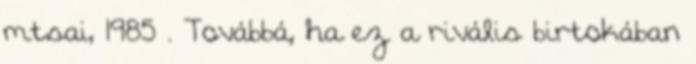
mtsai, 1985 . Továbbá, ha ez a rivális birtokában